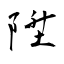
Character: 陞